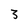
Character: 3